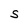
Character: S